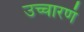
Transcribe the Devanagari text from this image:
उच्चारणं